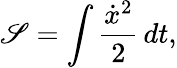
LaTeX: \mathscr{S}=\int{\frac{{{\dot{{x}}}^{2}}}{{2}}}\, dt,